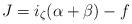
LaTeX: \begin{align*} J=i_\zeta(\alpha+\beta)-f\end{align*}